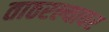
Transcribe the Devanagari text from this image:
ताठरल्यावर